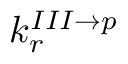
k _ { r } ^ { I I I \rightarrow p }